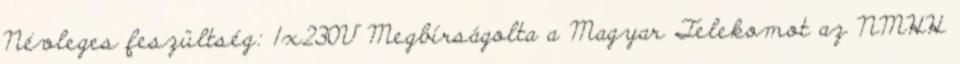
Névleges feszültség: 1x230V Megbírságolta a Magyar Telekomot az NMHH